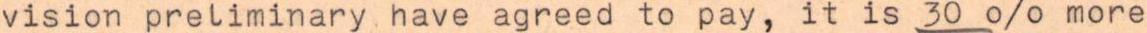
vision preliminary . have agreed to pay, it is 30 % more